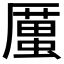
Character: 𠪿